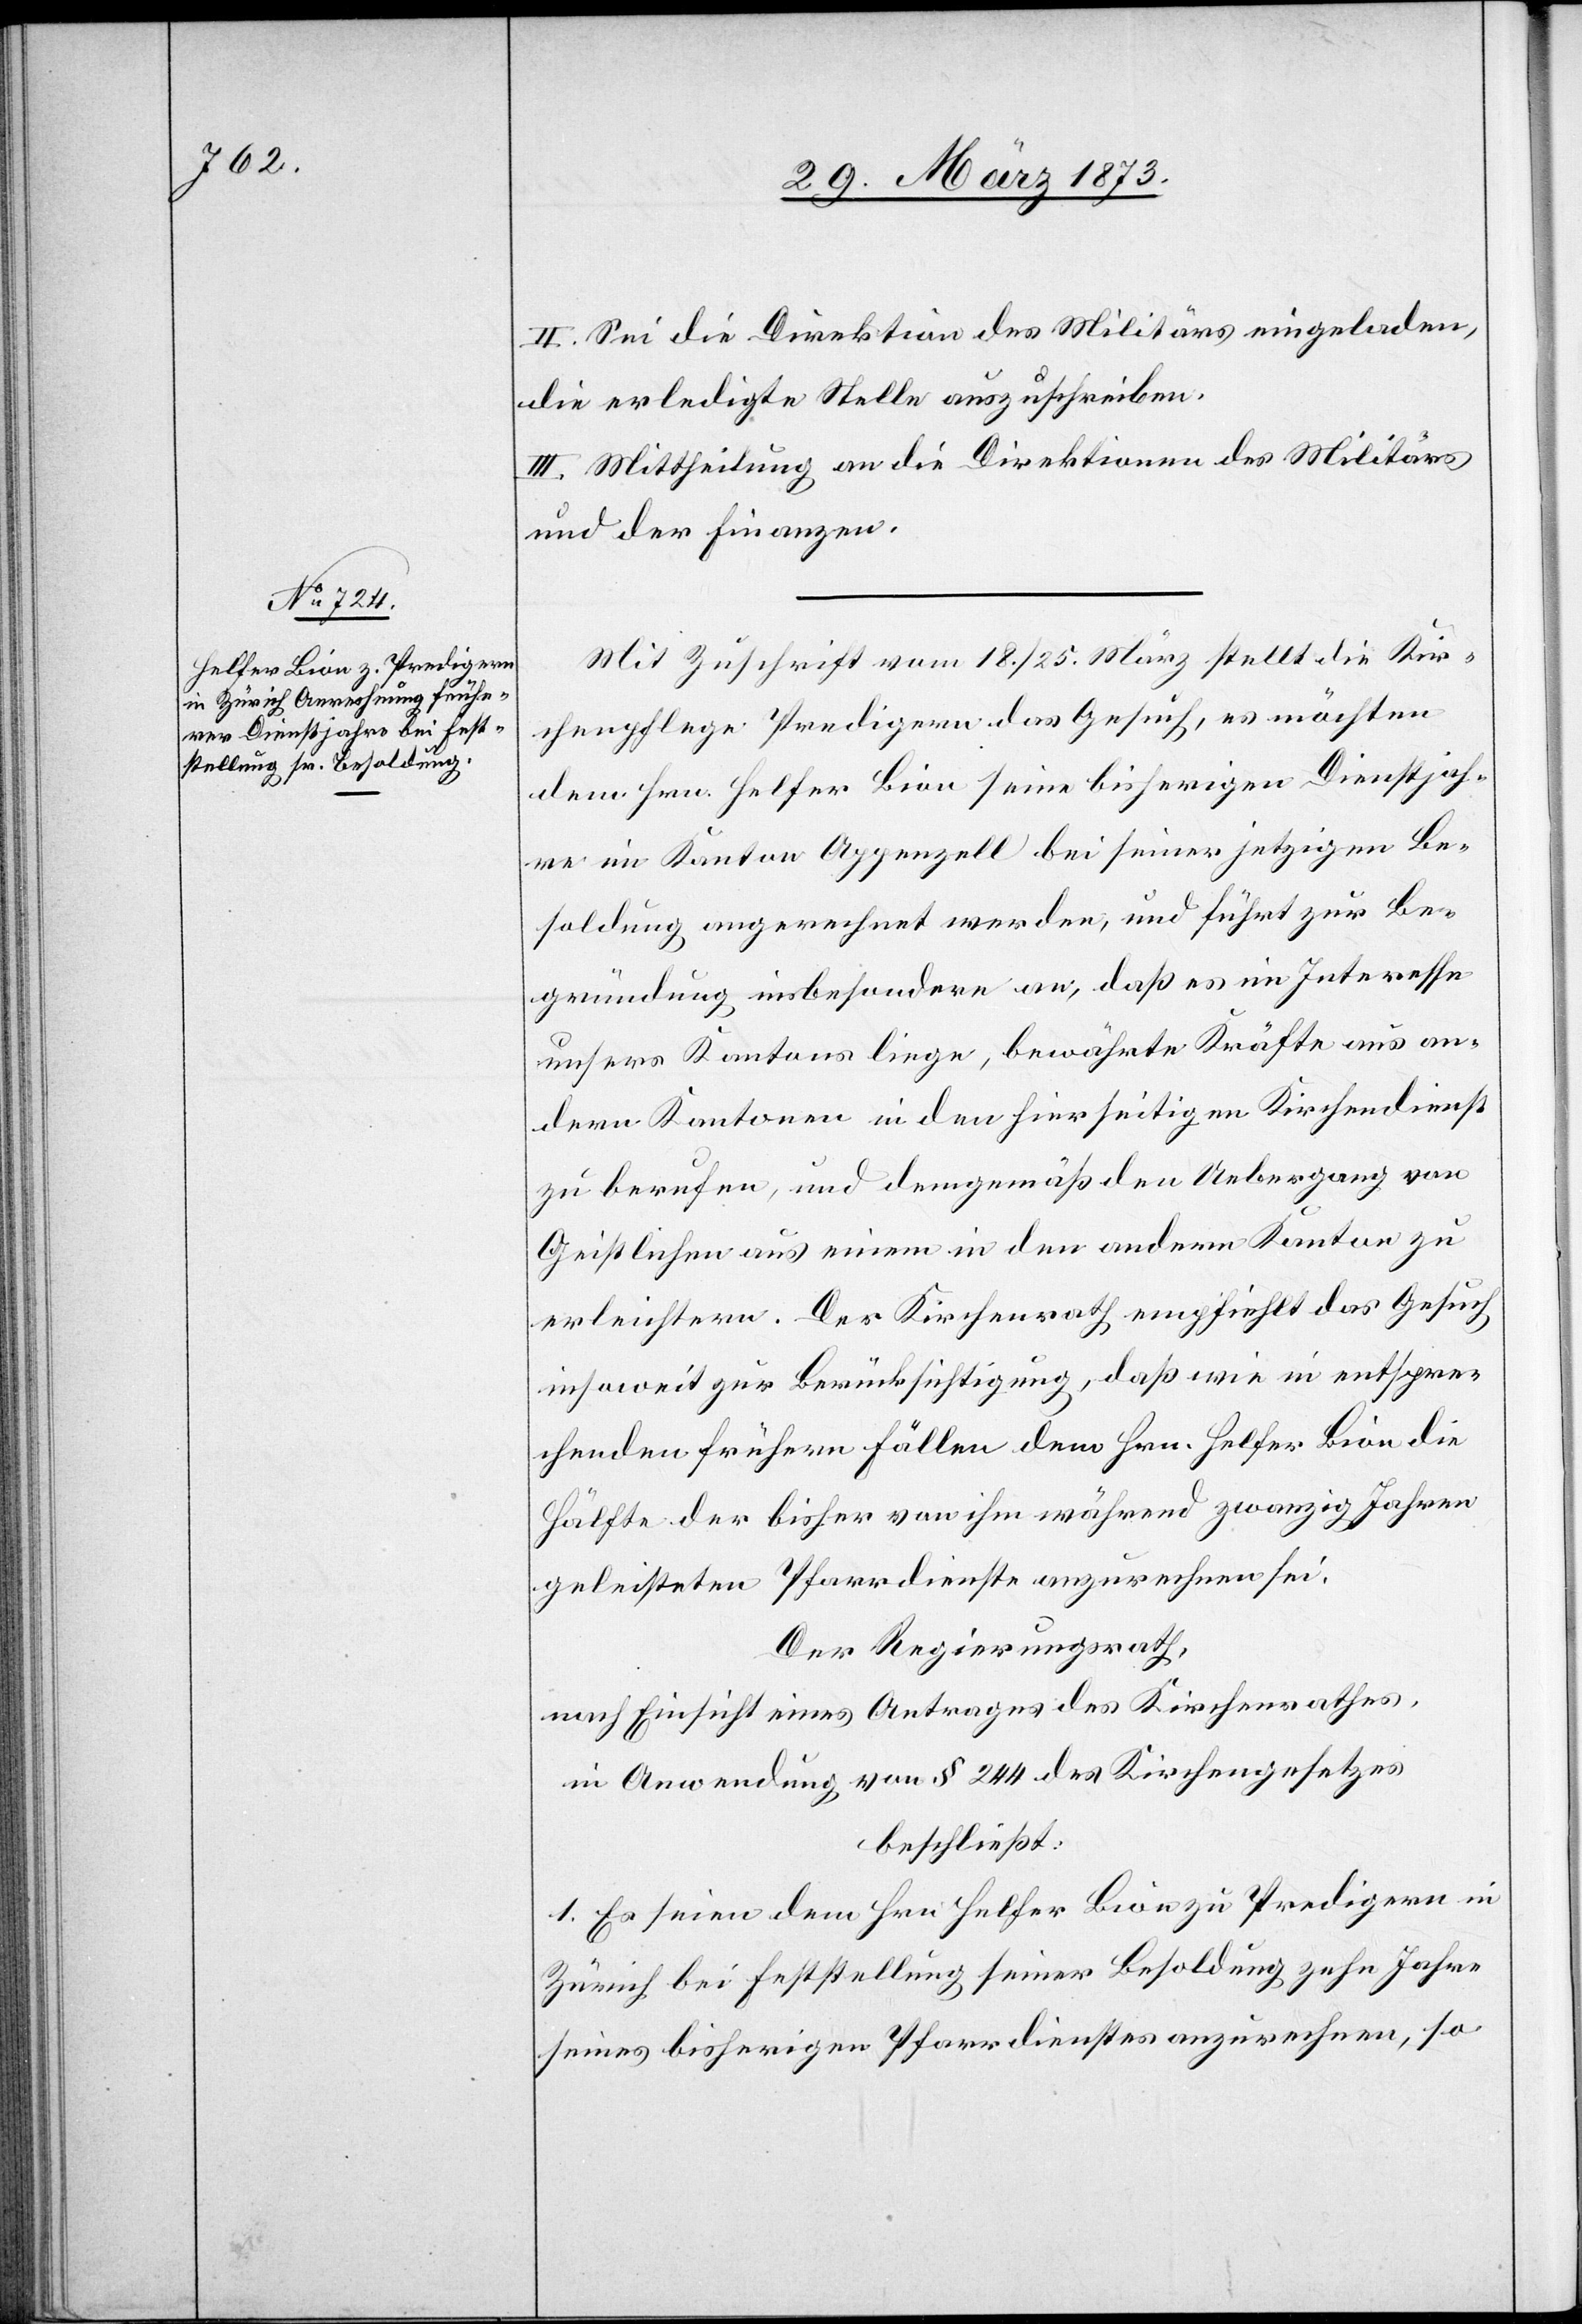
II. Sei die Direktion des Militärs eingeladen,
die erledigte Stelle auszuschreiben.
III. Mittheilung an die Direktion des Militärs
und der Finanzen.
Mit Zuschrift vom 18./25. März stellt die Kir¬
chenpflege Predigern das Gesuch, es möchten
dem Hrn. Helfer Bion seine bisherigen Dienstjah¬
re im Kanton Appenzell bei seiner jetzigen Be¬
soldung angerechnet werden, und führt zur Be¬
gründung insbesondere an, daß es im Interesse
unsers Kantons liege, bewährte Kräfte aus an¬
dern Kantonen in den hierseitigen Kirchendienst
zu berufen, und demgemäß den Uebergang von
Geistlichen aus einem in den andern Kanton zu
erleichtern. Der Kirchenrath empfiehlt das Gesuch
insoweit zur Berücksichtigung, daß wie in entspre¬
chenden frühern Fällen dem Hrn. Helfer Bion die
Hälfte der bisher von ihm während zwanzig Jahren
geleisteten Pfarrdienste anzurechnen sei.
Der Regierungsrath,
nach Einsicht eines Antrages des Kirchenrathes,
in Anwendung von § 244 des Kirchengesetzes
beschließt:
1. Es seien dem Hrn. Helfer Bion zu Predigern in
Zürich bei Feststellung seiner Besoldung zehn Jahre
seines bisherigen Pfarrdienstes anzurechnen, so